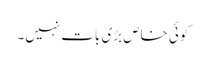
کوئی خاص بڑی بات نہیں۔